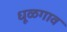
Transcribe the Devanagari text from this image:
धूळगाव